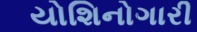
યોશિનોગારી